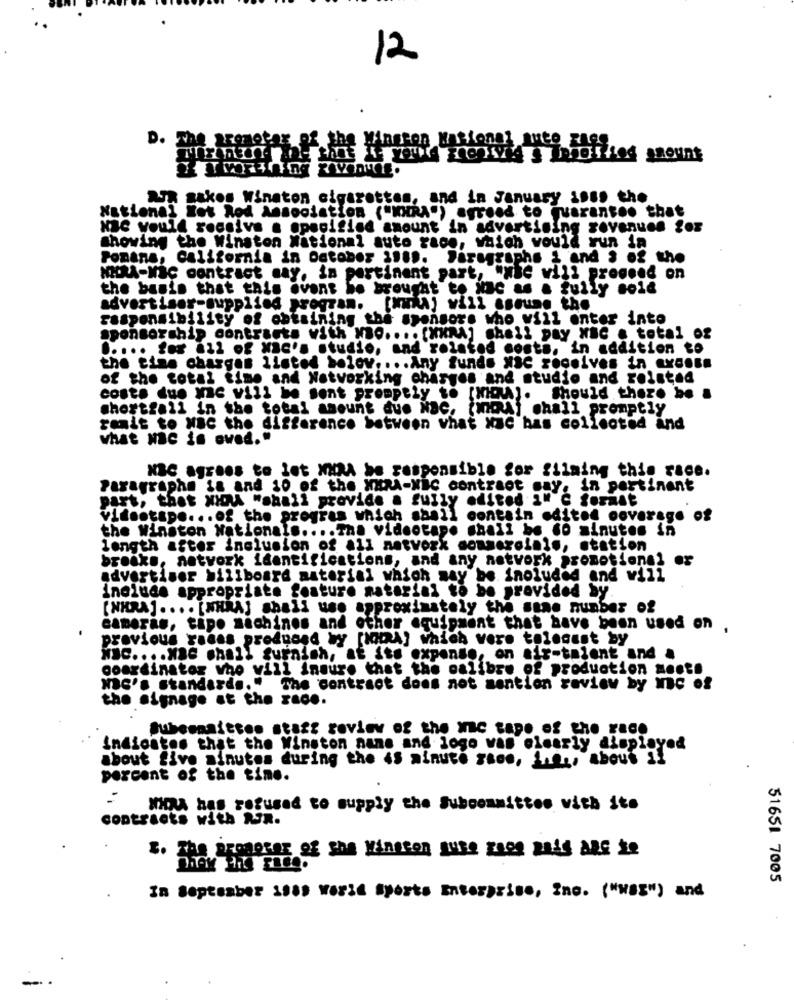
12
D. The aremetax of the Mington Nasional auto zage
SUR gakos Winaton cigarettes, and in January Loss the
National Hot Rod Association ("KHRA") agreed to quaranteo that
NBC would receive a specified amount in advertising revenues for
showing the Winston National auto race, which would run in
Ponans, California in October 31 ... Paragraphs & and , of the
NIDRA-MC contract may, in pertinent part, "wie vill proceed on
the basis that this event be brought to inc as a fully sold
advertiser-supplied program.
[inmaj will ssoune the
responsibility of obtaining the sponsors who will enter into
sponsorship contracts with No .... [ ** RA] cheil pay "BC . total of
..... for all of Mac's studio, and related costs. in addition to
the time charges listed below .... Any fundo NsC receives in excess
of the total time and Notworking charges and studio and related
costo due Mac vill be sent promptly to [MIDA).
Should theze be &
shortfall in the total amount due Nac. (utRaj chall promptly
ranit to Mac the difference between vhat Mac bas collected and
what Mac in owed."
NBC agrees to let "NA be responsible for filming this race.
Paragraphe ta and 10 of the "HRA-NBC contraot gay.
in pertinent
part, that MIDA "shall provide a fully edited "" C format
videotape ... of the program which saall
contain edited coverage of
the Winston Nationals .... Tha videotape shall be 60 minutos in
length after inclusion of all network commerciale, station
breaks, network identifications, and any network promotional or
advertiser billboard material which may be included and will
include appropriate feature material to be provided by.
[NHRA] .... [NHRA] shall use approximately
toly the same number of
cameras, tipo machines and other equipment that have been used on .
previous radas produced Wy [A] which vore tolegust by
NIC .... MSG shall furnish, at its expense, on air-talent and a
coordinator who vill insure that the calibre of production month
"0's standards." The contract does not mention review by Mc of
the signage at the zace.
Subesmaitres staff review of the mme tape of the race
Indicates that the Winston nane and logo van elearly displayed
about five minutes during the is minute saco, i.f ., about il
percent of the time.
Mou has refused to supply the Subcommittee with Sto
contracts with NR.
51651 7005
In September 1989 World sports Enterprise, Inc. ("wag") and